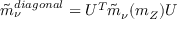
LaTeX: \tilde { m } _ { \nu } ^ { d i a g o n a l } = U ^ { T } \tilde { m } _ { \nu } ( m _ { Z } ) U